Civil Veterinary Department. United Provinces 1923-31 - 1923-1931
Year: 1923
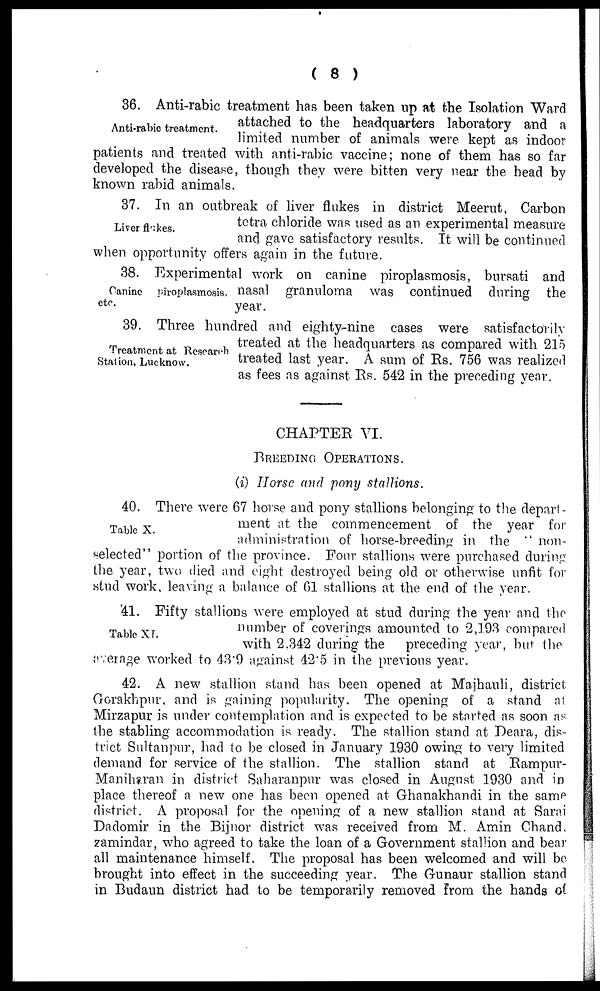
(8)
Anti-rabic treatment.
36. Anti-rabic treatment has been taken up at the Isolation Ward
attached to the headquarters laboratory and a
limited number of animals were kept as indoor
patients and treated with anti-rabic vaccine; none of them has so far
developed the disease, though they were bitten very near the head by
known rabid animals.
Liver flakes.
37. In an outbreak of liver flukes in district Meerut, Carbon
tetra chloride was used as an experimental measure
and gave satisfactory results. It will be continued
when opportunity offers again in the future.
Canine piroplasmosis,
etc.
38. Experimental work on canine piroplasmosis, bursati and
nasal granuloma was continued during the
year.
Treatment at Research
Station, Lucknow.
39. Three hundred and eighty-nine cases were satisfactorily
treated at the headquarters as compared with 215
treated last year. A sum of Rs. 756 was realized
as fees as against Rs. 542 in the preceding year.
CHAPTER VI.
BREEDING OPERATIONS.
(i) Horse and pony stallions.
Table X.
40. There were 67 horse and pony stallions belonging to the depart-
ment at the commencement of the year for
administration of horse-breeding in the "non-
selected" portion of the province. Four stallions were purchased during
the year, two died and eight destroyed being old or otherwise unfit for
stud work, leaving a balance of 61 stallions at the end of the year.
Table XI.
41. Fifty stallions were employed at stud during the year and the
number of coverings amounted to 2,193 compared
with 2.342 during the
preceding year, but the
average worked to 43'9 against 42'5 in the previous year.
42. A new stallion stand has been opened at Majhauli, district
Gorakhpur, and is gaining popularity. The opening of a stand at
Mirzapur is under contemplation and is expected to be started as soon as
the stabling accommodation is ready. The stallion stand at Deara, dis-
trict Sultanpur, had to be closed in January 1930 owing to very limited
demand for service of the stallion. The stallion stand at Rampur-
Maniharan in district Saharanpur was closed in August 1930 and in
place thereof a new one has been opened at Ghanakhandi in the same
district. A proposal for the opening of a new stallion stand at Sarai
Dadomir in the Bijnor district was received from M. Amin Chand,
zamindar, who agreed to take the loan of a Government stallion and bear
all maintenance himself. The proposal has been welcomed and will be
brought into effect in the succeeding year. The Gunaur stallion stand
in Budaun district had to be temporarily removed from the hands of